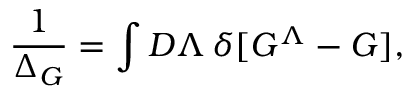
{ \frac { 1 } { \Delta _ { G } } } = \int { \cal D } \Lambda \, \delta [ G ^ { \Lambda } - G ] ,